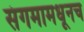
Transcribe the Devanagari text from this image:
संगमामधूनच